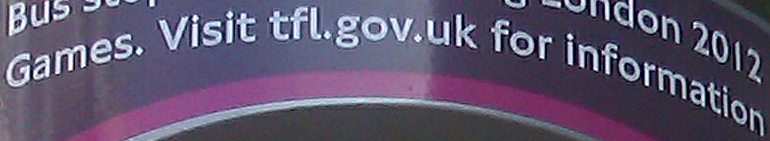
Games. Visit tfl.gov.uk for information